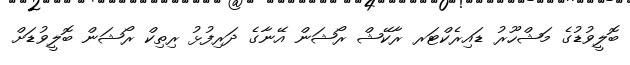
ބޮލީވުޑުގެ މަޝްހޫރު ޑައިރެކްޓަރ ރާކޭޝް ރޯޝަން އޭނާގެ ދަރިފުޅު ރިތިކް ރޯޝަން ބޮލީވުޑަށް